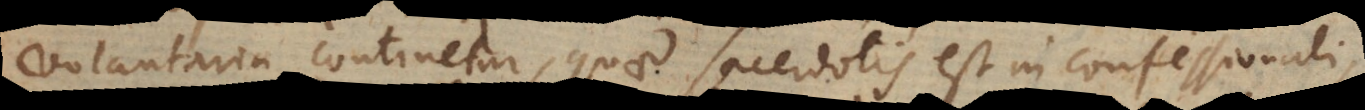
voluntaria continetur, quae sacerdotis est in confessionali,